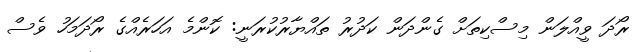
ރޯދަ ވީއްލަން މިސްކިތަށް ގެންދަން ކަދުރު ތައްޔާރުކުރަނީ: ކޮންމެ އަހަރެއްގެ ރޯދަމަހު ވެސް